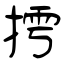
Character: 摴